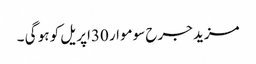
مزید جرح سوموار 30اپریل کو ہو گی ۔